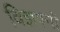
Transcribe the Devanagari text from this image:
विज्ञपनों